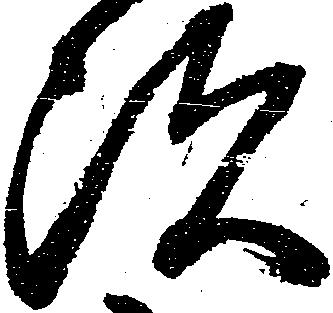
次